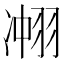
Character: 𮶍